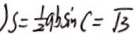
S = \frac { 1 } { 2 } q b \sin C = \sqrt { 3 }